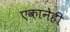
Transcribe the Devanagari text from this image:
एकानेही